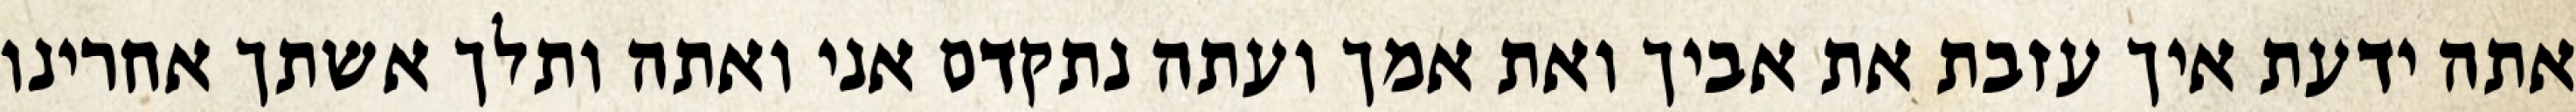
אתה ידעת איך עזבת את אביך ואת אמך ועתה נתקדם אני ואתה ותלך אשתך אחרינו